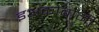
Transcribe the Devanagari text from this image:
इअकोबोनी